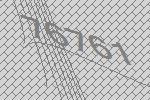
76761